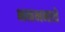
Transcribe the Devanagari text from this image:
भनभनाते